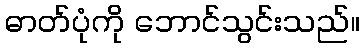
ဓာတ်ပုံကို ဘောင်သွင်းသည်။